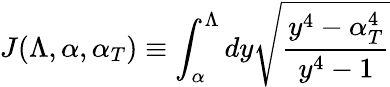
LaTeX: J(\Lambda,\alpha,\alpha_{T})\equiv\int_{\alpha}^{\Lambda}dy\sqrt{\frac{y^{4}-\alpha_{T}^{4}}{y^{4}-1}}